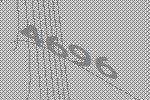
4696